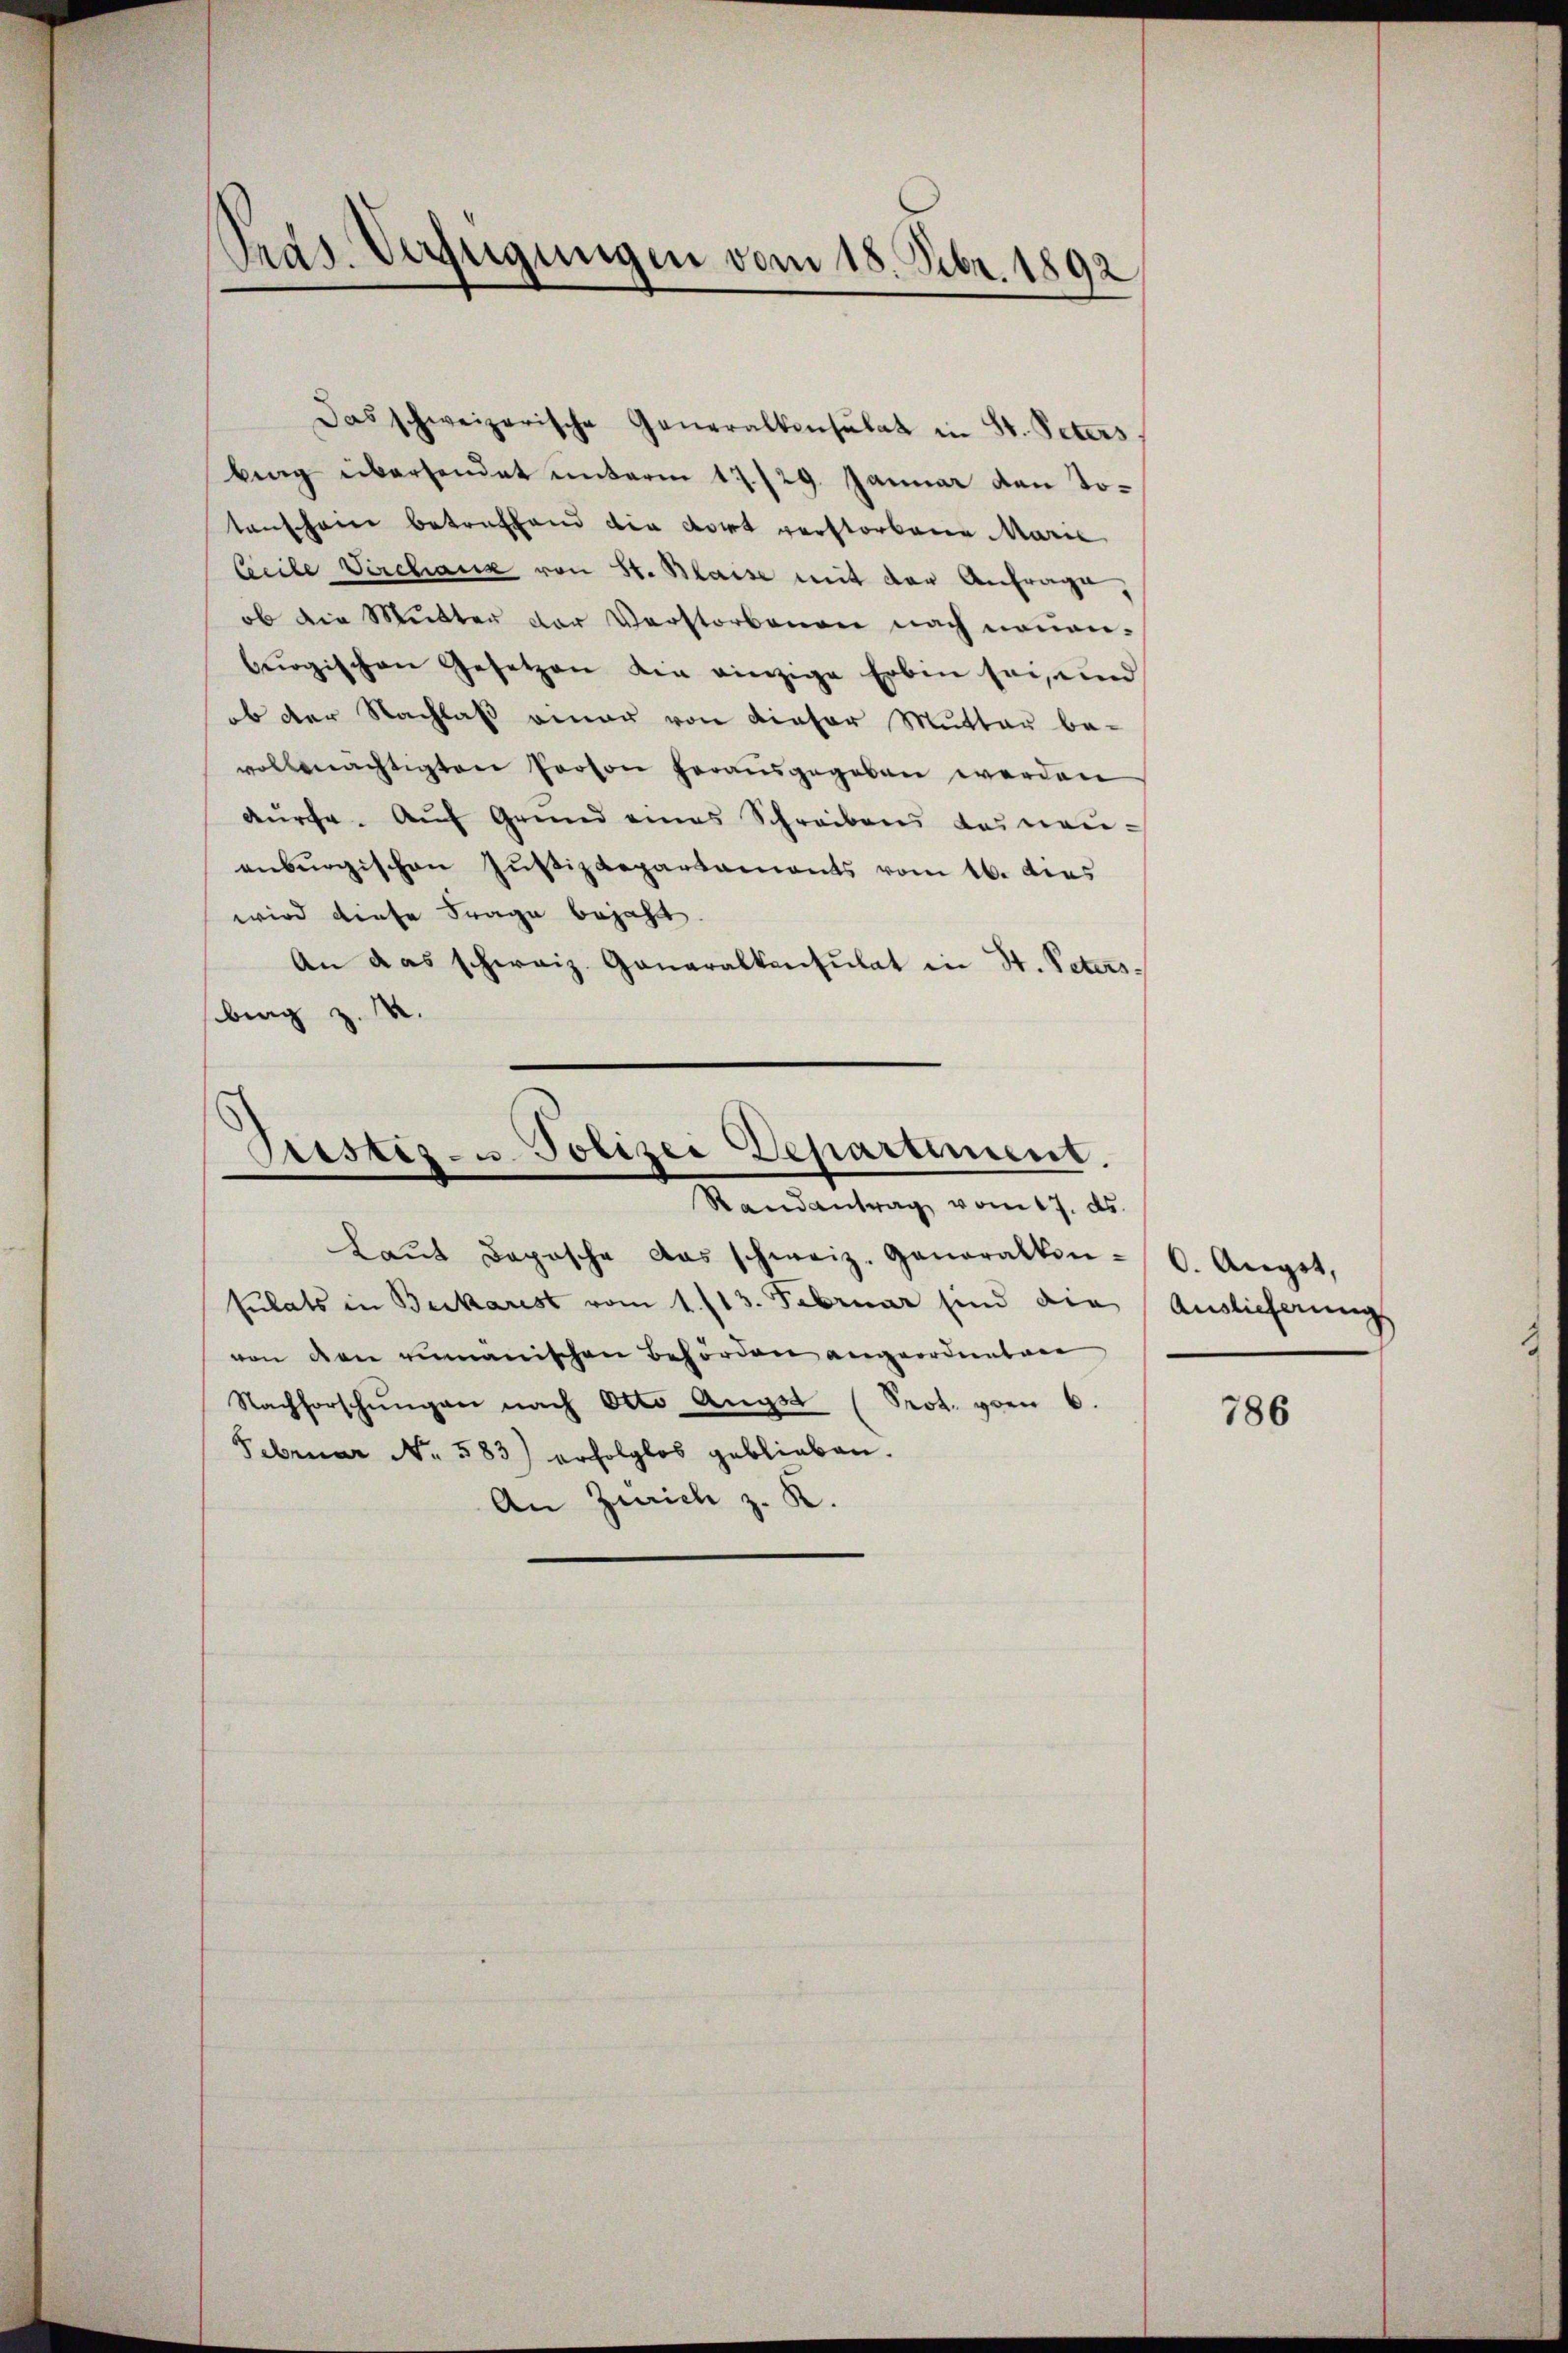
Präs. Verfügungen vom 18. Febr. 1892

Das schweizerische Generalkonsulat in St. Peters.
bing übersendet unterm 17./29. Januar den Totanschane betreffend die Fort verstorbene Marie
Ceile Verchaus von St. Maise mit der Anfrage
ob die Mutter der Verstorbenen nach neuen-
buogischen Gesetzen die einzige Erbin sei, und
ob der Nachlaß einer von dieser Mutter be-
vollmächtigten Person herausgegeben werden
kürche. Aŭf Grund eines Schreibens deinen-
enburgischen Justizdepartaments vom 16. dies
wird diese Frage bejaht
An das schweiz. Generalkonsulat in St. Peters
brag z. M.

Tristis- u. Polizei Departiment.
Randantrag vom 17. ds.

Laŭt Daposche das schweiz. Generalkon-
sulats in Beikarist vom 1. /13. Februar sind die
von den rumänischen Behörden angeordneten
Nachforschŭngen nach Otto Angst (Prot. poen 6.
Februar No. 583) erfolglos geblieben.
An Zürich z. K.

0. Augst,
Auslicherung

786